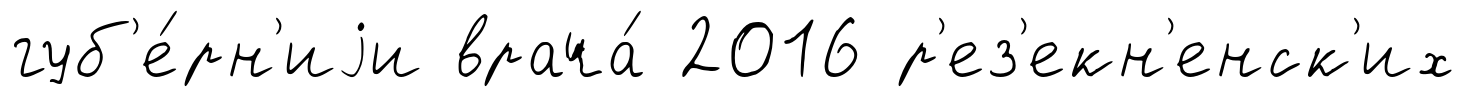
губ'е́рн'иjи врача́ 2016 р'ез'екн'енск'их